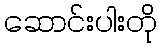
ဆောင်းပါးတို